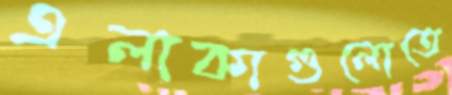
এলাকাগুলোতে